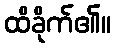
ထိခိုက်၏။